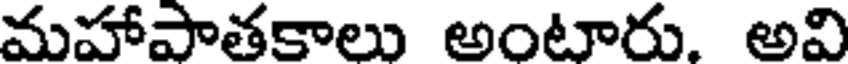
మహాపాతకాలు అంటారు. అవి